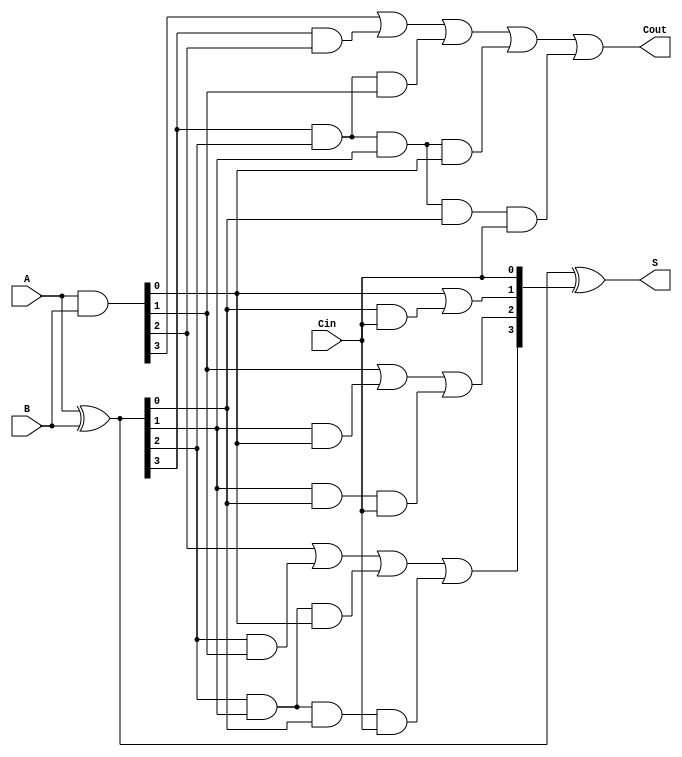
module cla_4bit(
    input  [3:0] A,      // 4-bit input A
    input  [3:0] B,      // 4-bit input B
    input        Cin,     // Carry-in
    output [3:0] S,      // 4-bit sum output
    output       Cout     // Carry-out
);
    wire [3:0] G;        // Generate signals
    wire [3:0] P;        // Propagate signals
    wire [3:0] C;        // Carry outputs

    // Generate and Propagate
    assign G = A & B;              // G_i = A_i * B_i
    assign P = A ^ B;              // P_i = A_i ^ B_i

    // Carry calculations
    assign C[0] = G[0] | (P[0] & Cin); // C_1
    assign C[1] = G[1] | (P[1] & G[0]) | (P[1] & P[0] & Cin); // C_2
    assign C[2] = G[2] | (P[2] & G[1]) | (P[2] & P[1] & G[0]) | (P[2] & P[1] & P[0] & Cin); // C_3
    assign C[3] = G[3] | (P[3] & G[2]) | (P[3] & P[2] & G[1]) | (P[3] & P[2] & P[1] & G[0]) | (P[3] & P[2] & P[1] & P[0] & Cin); // C_4

    // Sum calculations
    assign S = P ^ {C[2:0], Cin}; // S_i = P_i ^ C_i

    // Carry-out
    assign Cout = C[3];

endmodule